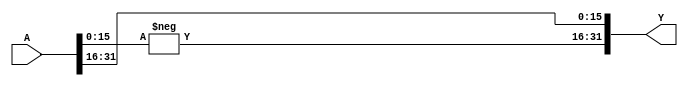
module J_MULTIPLIER (
    input		[32-1: 0]	A,
	output		[32-1: 0]	Y 
);
		    
wire signed [15:0] AR;
wire signed [15:0] AI;
wire signed [15:0] YR;
wire signed [15:0] YI;
						    
assign {AR, AI} = A;        // j(AR+jAI) = -AI+jAR
assign Y = {-AI, AR};

endmodule